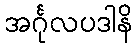
အင်္ဂုလပဒါနိ